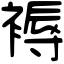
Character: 褥